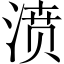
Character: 𣸣